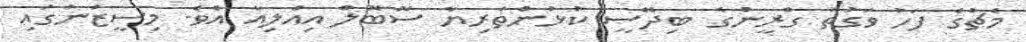
މެޗުގެ ފަހު ވަގުތު ގްރީންގެ ބިދޭސީ ކުޅުންތެރިޔާ ސޮބޮލް އިއްލިއާ އެވެ. މިސީޒަނުގައި